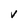
Character: V